Lunatic asylums Central Provinces reports 1895-1909 - 1895-1909
Year: 1895
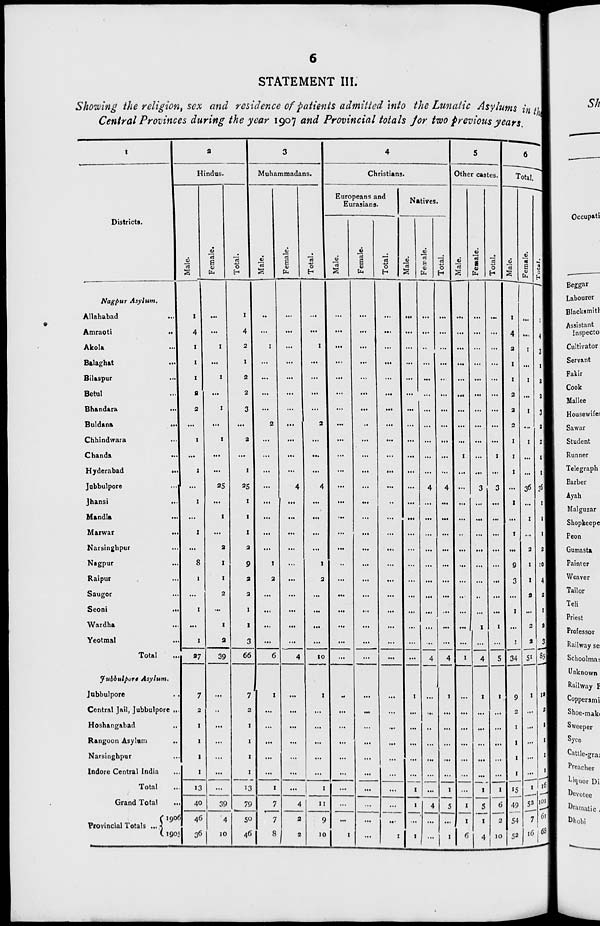
6
STATEMENT III.
Showing the religion, sex and residence of patients admitted into the Lunatic Asylums in the
Central Provinces during the year 1907 and Provincial totals for two previous years.
1
Districts.
Nagpur Asylum.
Allahabad ...
Amraoti
...
Akola ...
Balaghat ...
Bilaspur ...
Betul ...
Bhandara ...
Buldana
...
Chhindwara ...
Chanda
...
Hyderabad
...
Jubbulpore ...
Jhansi ...
Mandla ...
Marwar ...
Narsinghpur ...
Nagpur ...
Raipur ...
Saugor ...
Seoni
...
Wardha ...
Yeotmal ...
Total ...
Jubbulpore Asylum.
Jubbulpore ...
Central Jail, Jubbulpore ...
Hoshangabad
...
Rangoon Asylum
...
Narsinghpur ...
Indore Central India ...
Total ...
Grand Total ...
Provincial Totals ...
1906
1905
2
Hindus.
Male.
1
4
1
1
1
2
2
...
1
...
1
...
1
...
1
...
8
1
...
1
...
1
27
7
2
1
1
1
1
13
40
46
36
Female.
...
...
1
...
1
...
1
...
1
...
...
25
...
1
...
2
1
1
2
...
1
2
39
...
...
...
...
...
...
...
39
4
10
Total.
1
4
2
1
2
2
3
...
2
...
1
25
1
1
1
2
9
2
2
1
1
3
66
7
2
1
1
1
1
13
79
50
46
3
Muhammadans.
Male.
...
...
1
...
...
...
...
2
...
...
...
...
...
...
...
...
1
2
...
...
...
...
6
1
...
...
...
...
...
1
7
7
8
Female.
...
...
...
...
...
...
...
...
...
...
...
4
...
...
...
...
...
...
...
...
...
...
4
...
...
...
...
...
...
...
4
2
2
Total.
...
...
1
...
...
...
...
2
...
...
...
4
...
...
...
...
1
2
...
...
...
...
10
1
...
...
...
...
...
1
11
9
10
4
Christians.
Europeans and
Eurasians.
Male.
...
...
...
...
...
...
...
...
...
...
...
...
...
...
...
...
...
...
...
...
...
...
...
...
...
...
...
...
...
...
...
...
1
Female.
...
...
...
...
...
...
...
...
...
...
...
...
...
...
...
...
...
...
...
...
...
...
...
...
...
...
...
...
...
...
...
...
...
Total.
...
...
...
...
...
...
...
...
...
...
...
...
...
...
...
...
...
...
...
...
...
...
...
...
...
...
...
...
...
...
...
...
1
Natives.
Male.
...
...
...
...
...
...
...
...
...
...
...
...
...
...
...
...
...
...
...
...
...
...
...
1
...
...
...
...
...
1
1
...
1
Female.
...
...
...
...
...
...
...
...
...
...
...
4
...
...
...
...
...
...
...
...
...
...
4
...
...
...
...
...
...
...
4
...
...
Total.
...
...
...
...
...
...
...
...
...
...
...
4
...
...
...
...
...
...
...
...
...
...
4
1
...
...
...
...
...
1
5
...
1
5
Other castes.
Male.
...
...
...
...
...
...
...
...
...
1
...
...
...
...
...
...
...
...
...
...
...
...
1
...
...
...
...
...
...
...
1
1
6
Female.
...
...
...
...
...
...
...
...
...
...
...
3
...
...
...
...
...
...
...
...
1
...
4
1
...
...
...
...
...
1
5
1
4
Total.
...
...
...
...
...
...
...
...
...
1
...
3
...
...
...
...
...
...
...
...
1
...
5
1
...
...
...
...
...
1
6
2
10
6
Total.
Male.
1
4
2
1
1
2
2
2
1
1
1
...
1
...
1
...
9
3
...
1
...
1
34
9
2
1
1
1
1
15
49
54
52
Female.
...
...
1
...
1
...
1
...
1
...
...
36
...
1
...
2
1
1
2
...
2
2
51
1
...
...
...
...
...
1
52
7
16
Total.
1
4
3
1
2
2
3
2
2
1
1
36
1
1
1
2
10
4
2
1
2
3
85
10
2
1
1
1
1
16
101
61
68